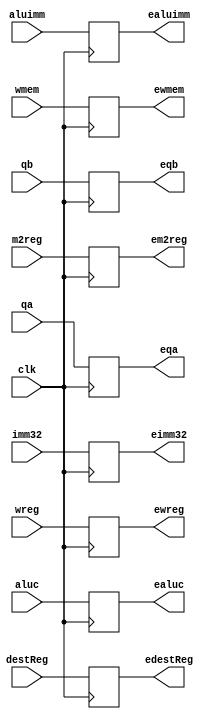
`timescale 1ns / 1ps
//////////////////////////////////////////////////////////////////////////////////
// Company: 
// Engineer: 
// 
// Design Name: 
// Module Name: IDEXEPipeReg
// Project Name: 
// Target Devices: 
// Tool Versions: 
// Description: 
// 
// Dependencies: 
// 
// Revision:
// Revision 0.01 - File Created
// Additional Comments:
// 
//////////////////////////////////////////////////////////////////////////////////


module IDEXEPipeReg(wreg, m2reg, wmem, aluc, aluimm, destReg, qa, qb, imm32, clk, ewreg, em2reg, ewmem, ealuc, ealuimm, edestReg, eqa, eqb, eimm32);
    input wire wreg; 
    input wire m2reg; 
    input wire wmem; 
    input wire [3:0] aluc; 
    input wire aluimm; 
    input wire [4:0] destReg; 
    input wire [31:0] qa; 
    input wire [31:0] qb; 
    input wire [31:0] imm32;
    input clk;
    
    output reg ewreg; 
    output reg em2reg; 
    output reg ewmem; 
    output reg [3:0] ealuc; 
    output reg ealuimm; 
    output reg  [4:0] edestReg; 
    output reg  [31:0] eqa; 
    output reg  [31:0] eqb; 
    output reg  [31:0] eimm32;
    
    always @(posedge clk) begin
        ewreg <= wreg;
        em2reg <= m2reg;
        ewmem <= wmem;
        ealuc <= aluc;
        ealuimm <= aluimm;
        edestReg <= destReg;
        eqa <= qa;
        eqb <= qb;
        eimm32 <= imm32;
    end
endmodule